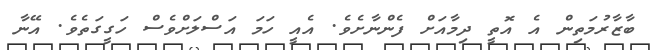
ބާޒާރުމަތިން އެ އޮތީ ދިމާއަށް ފެންނާށެވެ. އެއީ ހަމަ އަސްލަށްވެސް ހަގީގަތެވެ. އޭނާ